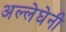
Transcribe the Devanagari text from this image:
अल्लेघेनी